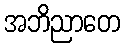
အဘိညာတေ